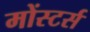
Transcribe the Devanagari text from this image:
मोंस्टर्स